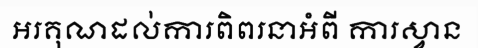
អរគុណដល់ការពិពរនាអំពី ការស្វាន